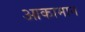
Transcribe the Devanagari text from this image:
आकामान